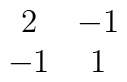
\begin{array}{cc} 2 & -1 \\                                                   -1 &  1  \end{array}